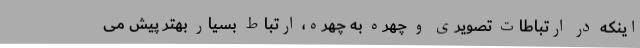
اینکه در ارتباطات تصویری و چهره به چهره، ارتباط بسیار بهتر پیش می